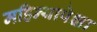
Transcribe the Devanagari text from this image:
महिन्यापेक्षा